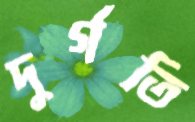
দুর্গতি